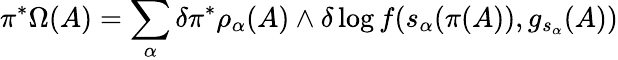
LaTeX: \pi^{\ast}\Omega(A)=\sum_{\alpha}\delta\pi^{\ast}\rho_{\alpha}(A)\wedge\delta\log f(s_{\alpha}(\pi(A)),g_{s_{\alpha}}(A))